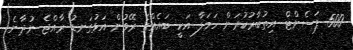
500 ޕަސެންޓް އިތުބާރުކުރަން ހަމަލާ އަކީ ބައެއްގެ ރޭވުން އަޅުގަނޑު ރާއްޖެ ނުދާނެ